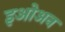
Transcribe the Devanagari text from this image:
इओअन